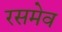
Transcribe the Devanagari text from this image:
रसमेव